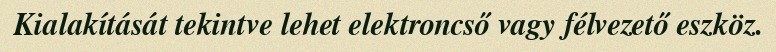
Kialakítását tekintve lehet elektroncső vagy félvezető eszköz.